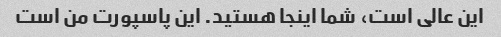
این عالی است، شما اینجا هستید. این پاسپورت من است